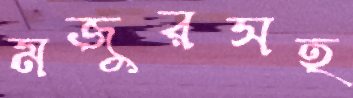
মজুরসহ